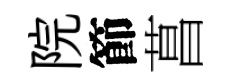
院節菖